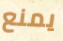
يمنع